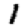
Digit: 1